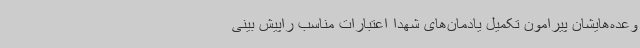
وعده‌هایشان پیرامون تکمیل یادمان‌های شهدا اعتبارات مناسب راپیش بینی